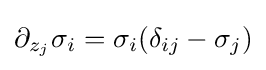
\partial _{z_{j}}\sigma _{i}=\sigma _{i}(\delta _{ij}-\sigma _{j})